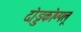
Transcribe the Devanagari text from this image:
दोड्डकोप्पलू